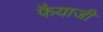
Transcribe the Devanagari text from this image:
फैयाजी